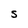
Character: S